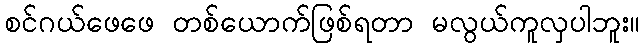
စင်ဂယ်ဖေဖေ တစ်ယောက်ဖြစ်ရတာ မလွယ်ကူလှပါဘူး။